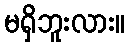
မရှိဘူးလား။